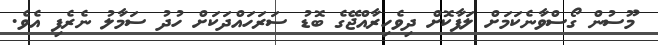
މޫސުން ގޯސްވާނެކަމަށް ލަފާކޮށް ދިވެހިރާއްޖޭގެ ބޮޑު ސަރަހައްދަކަށް ހުދު ސަމާލު ނެރެފި އެވެ.